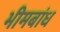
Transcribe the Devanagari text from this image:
भीमबांध